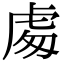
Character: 䖏